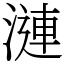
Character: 漣